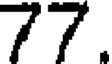
77.